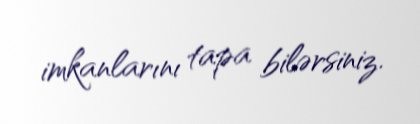
imkanlarını tapa bilərsiniz.